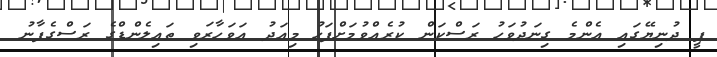
ޕީ ދުނިޔޭގައި އެންމެ ގިނަދުވަހު ރަސްކަން ކުރެއްވުމަށްފަހު މިއަދު އަވަހާރަވި ތައިލެންޑްގެ ރަސްގެފާނު